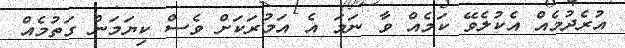
އުރެދުމެއް އެކުލެވޭ ކަމެއް ވާ ނަމަ އެ އަމުރަކަށް ވެސް ކިޔަމަން ގަތުމެއް